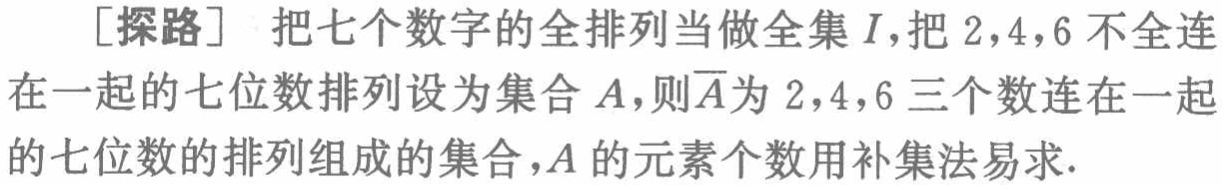
[探路] 把七个数字的全排列当做全集\(I\)，把\(2,4,6\)不全连在一起的七位数排列设为集合\(A\)，则\(\overline{A}\)为\(2,4,6\)三个数连在一起的七位数的排列组成的集合，\(A\)的元素个数用补集法易求.